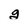
Character: g